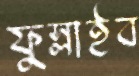
ফুস্‌লাইব